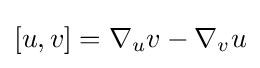
[u,v]=\nabla _{u}v-\nabla _{v}u